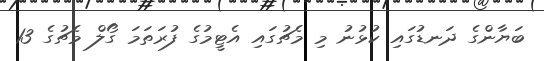
ބަޔާންގެ ދަނޑުގައި ކުޅުނު މި މެޗުގައި އެޓީމުގެ ފުރަތަމަ ގޯލް މެޗުގެ 13